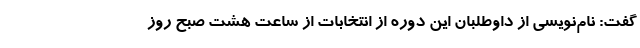
گفت: ‌نام‌نویسی از داوطلبان این دوره از انتخابات از ساعت هشت صبح روز